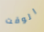
الوقت